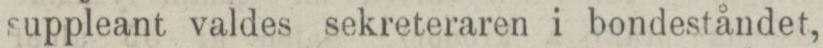
suppleant valdes sekreteraren i bondeståndet,